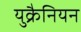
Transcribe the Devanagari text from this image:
युक्रैनियन